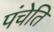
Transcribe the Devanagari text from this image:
पंचेति